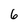
Character: 6